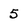
Character: 5